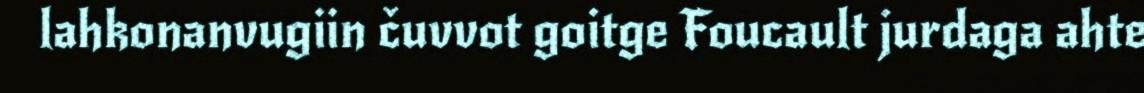
lahkonanvugiin čuvvot goitge Foucault jurdaga ahte